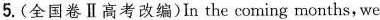
5.(全国卷Ⅱ高考改编)In the coming months, we